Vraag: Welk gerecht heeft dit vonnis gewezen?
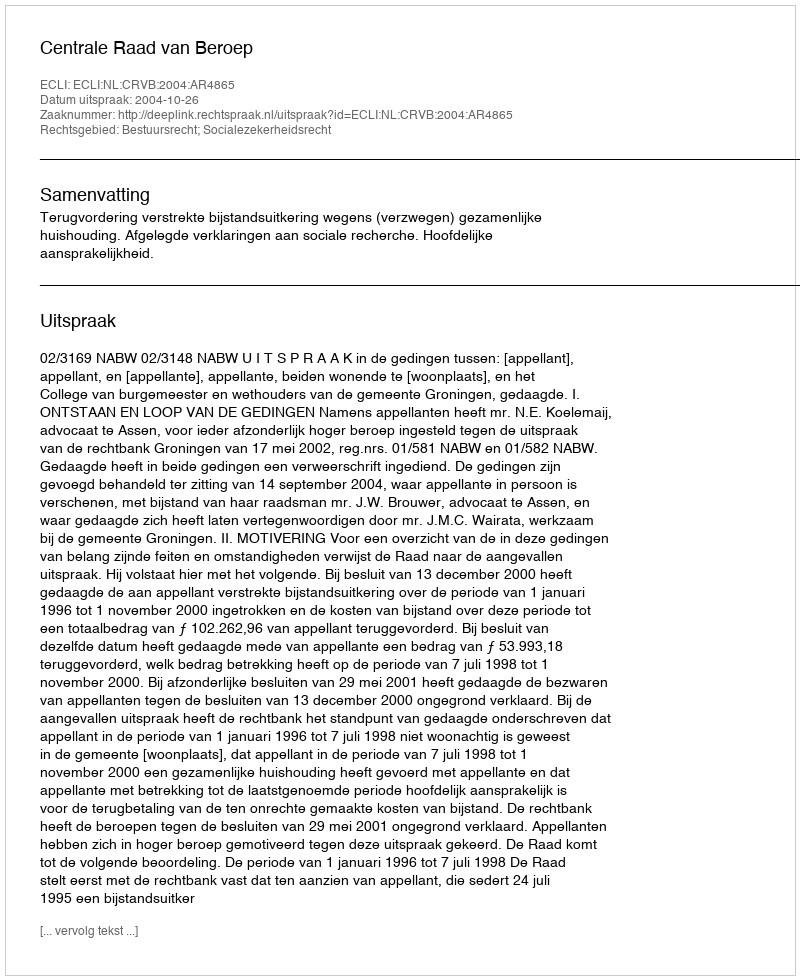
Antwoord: Centrale Raad van Beroep